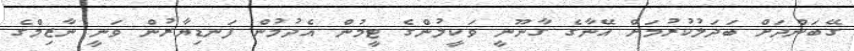
ގޭބަންދަށް ބަދަލުކުރުމަށް އޭނާގެ ގާނޫނީ ވަކީލުންގެ ޓީމުން އެދުމުން ފަނޑިޔާރުން ވަނީ ނާޒިމްގެ